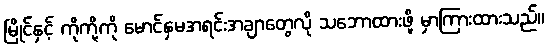
မြိုင်နှင့် ကိုကို့ကို မောင်နှမအရင်းအချာတွေလို သဘောထားဖို့ မှာကြားထားသည်။